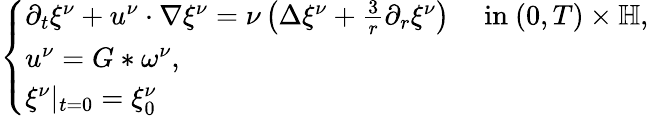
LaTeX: \begin{array}{r}{\left\{ \begin{array}{ll}{\partial_{t}\xi^{\nu}+u^{\nu}\cdot\nabla\xi^{\nu}=\nu\left(\Delta\xi^{\nu}+\frac{3}{r}\partial_{r}\xi^{\nu}\right)\quad\mathrm{~in~}(0,T)\times\mathbb{H},}\\ {u^{\nu}=G\ast\omega^{\nu},}\\ {\xi^{\nu}|_{t=0}=\xi_{0}^{\nu}}\end{array}\right.}\end{array}